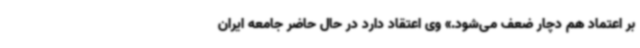
بر اعتماد هم دچار ضعف می‌شود.» وی اعتقاد دارد در حال حاضر جامعه ایران